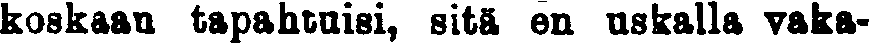
koskaan tapahtuisi, sitä en uskalla vaka-